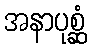
အနာပုစ္ဆံ